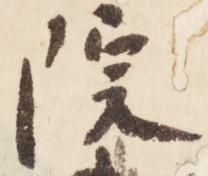
院